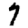
Digit: 7